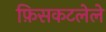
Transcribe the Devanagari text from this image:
फ़िसकटलेले